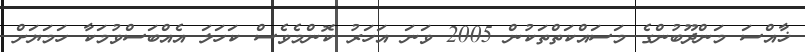
ޚާއްސަ މަންދޫބުންގެ މަސައްކަތްތަކުން 2005 ވަނަ އަހަރު ކޮންމެވެސް ކަހަލަ އެއްބަސްވުމަކާ ހަމަޔަށް